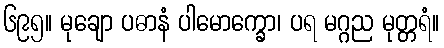
၆၉၅။ မုချော ပဓာနံ ပါမောက္ခော၊ ပရ မဂ္ဂည မုတ္တရံ။